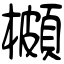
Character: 櫇